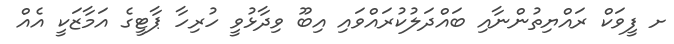
ށ ފީވަކް ރައްޔިތުންނާއި ބައްދަލުކުރައްވައި އިބޫ ވިދާޅުވީ ހުރިހާ ޕާޓީގެ އަމާޒަކީ އެއް